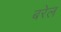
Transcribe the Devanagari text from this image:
बरेल